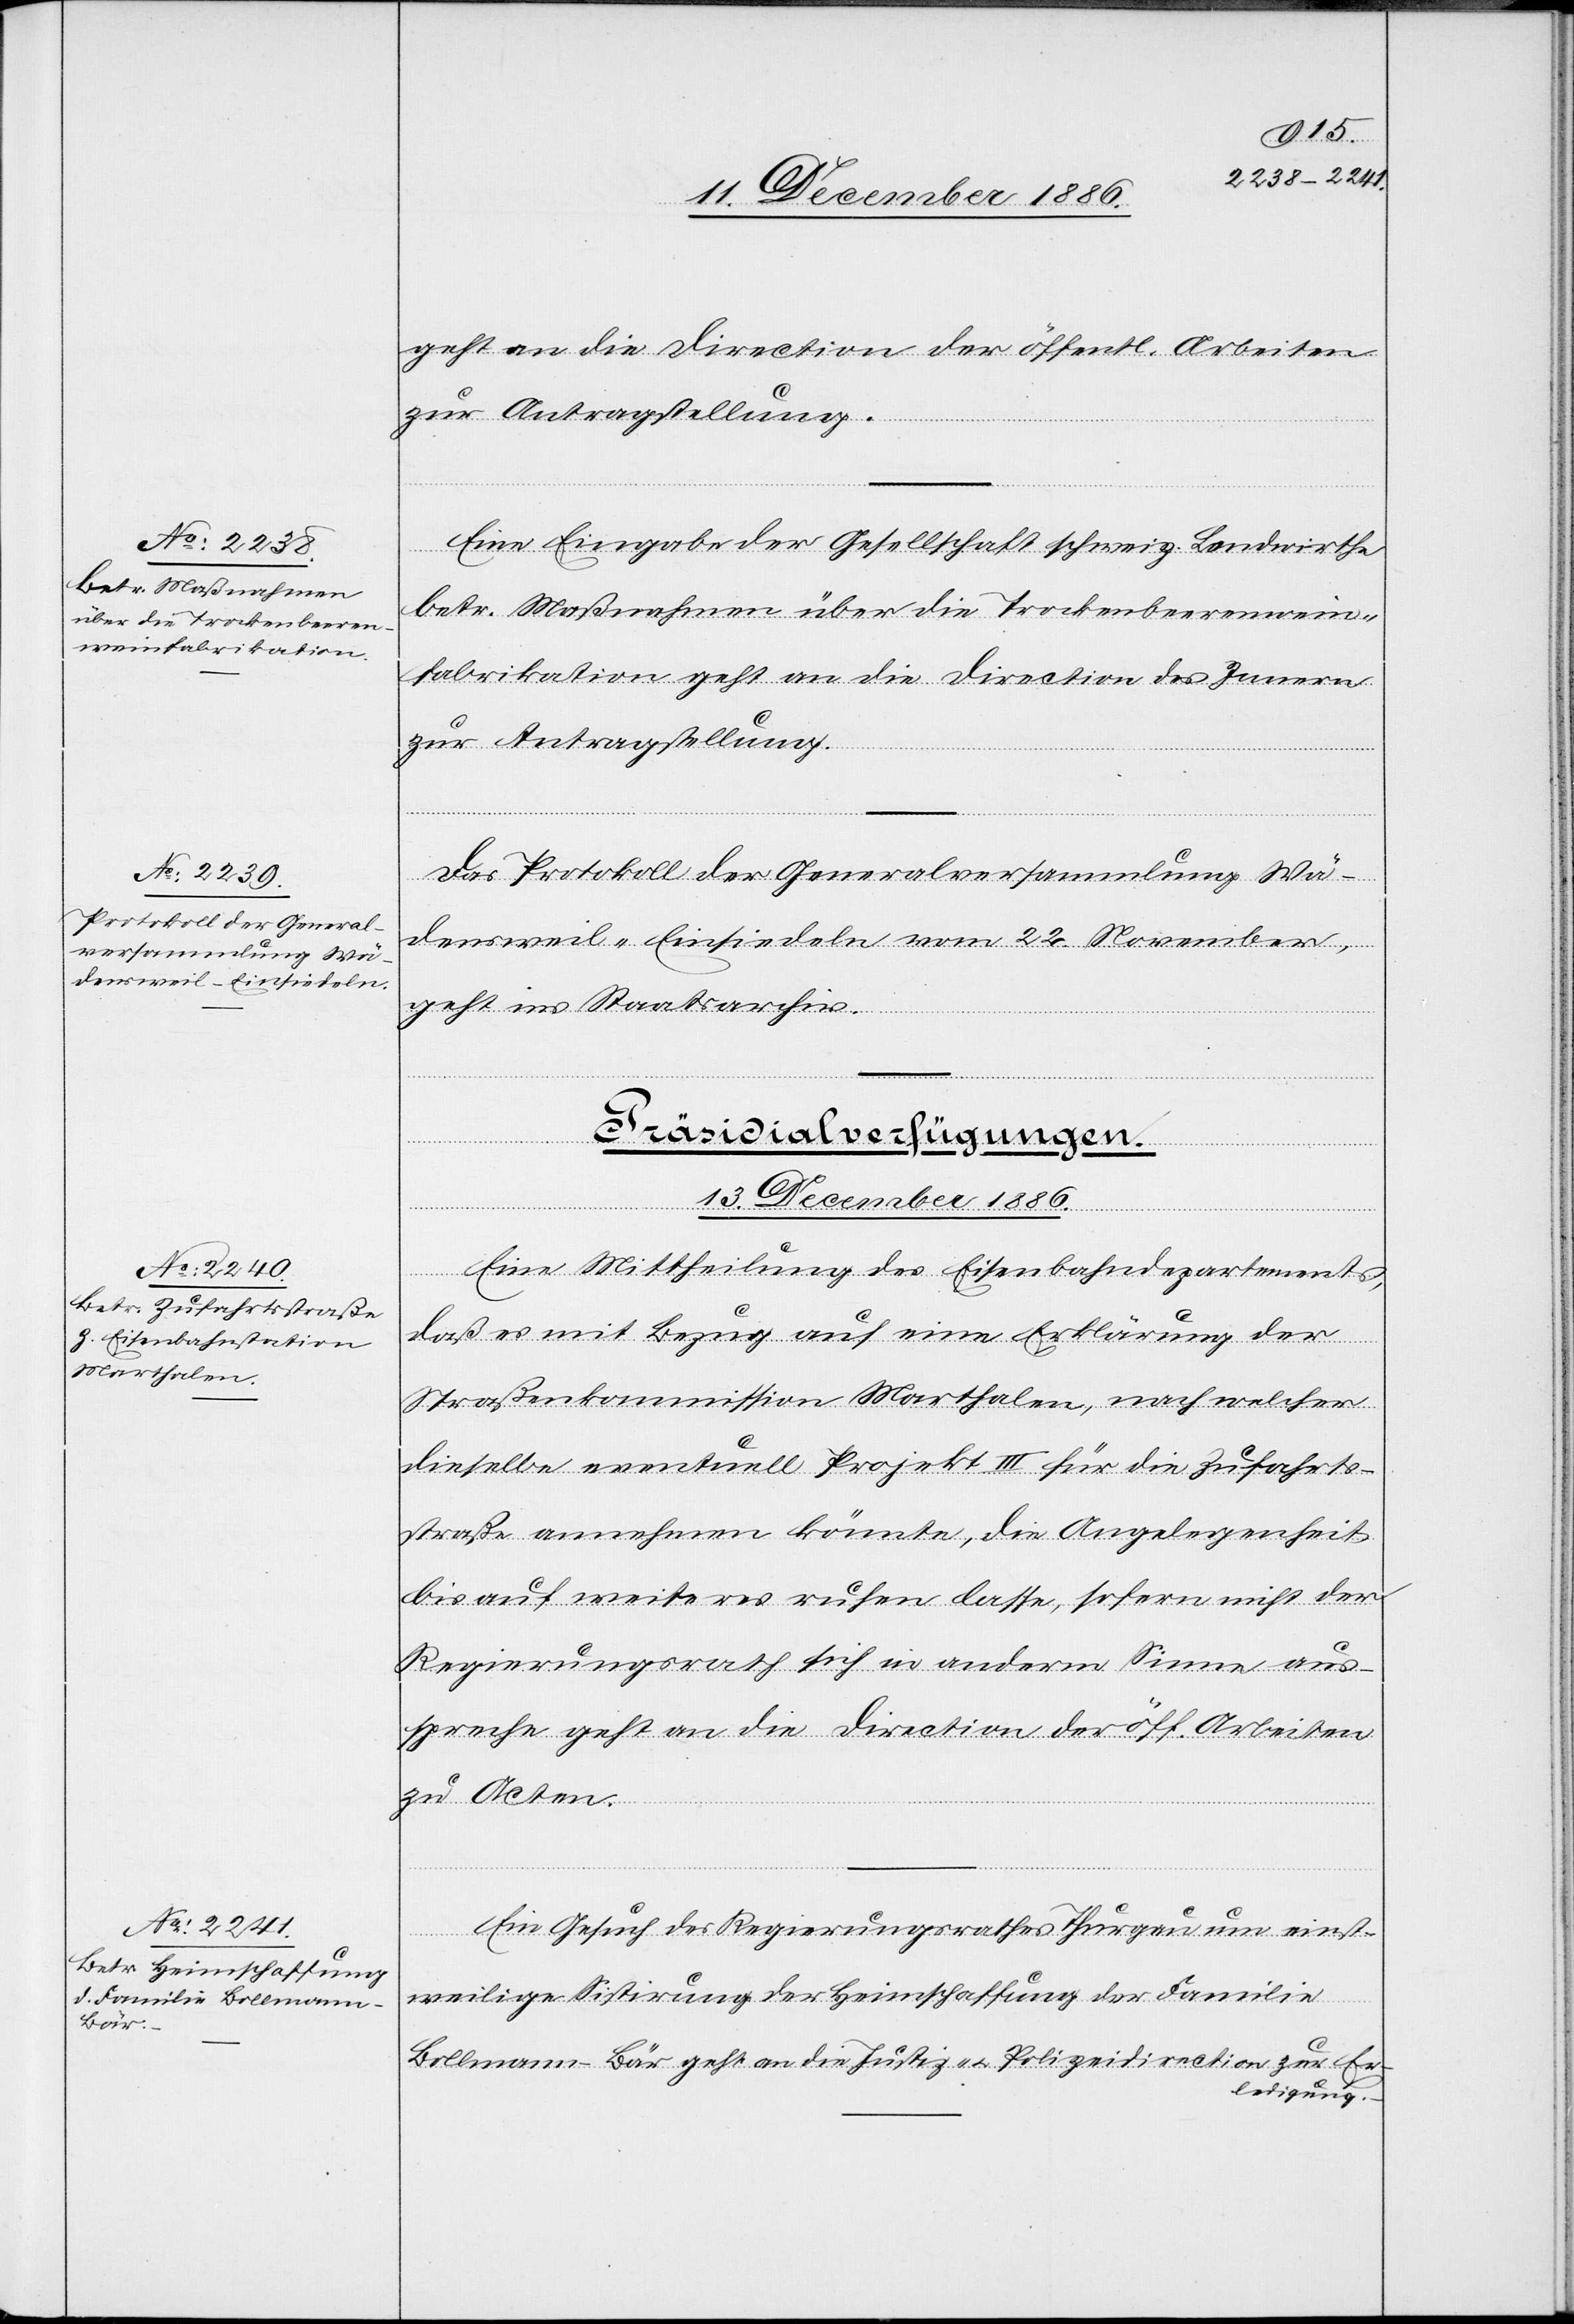
13. Dezember 1886.]
geht an die Direction der öffentl. Arbeiten
zur Antragstellung.
Eine Eingabe der Gesellschaft schweiz. Landwirthe
betr. Maßnahmen über die Trockenbeerenwein¬
fabrikation geht an die Direction des Innern
zur Antragstellung.
Das Protokoll der Generalversammlung Wä¬
densweil-Einsiedeln vom 22. November,
geht ins Staatsarchiv.
[Präsidialverfügungen.
Eine Mittheilung des Eisenbahndepartements,
daß es mit Bezug auf eine Erklärung der
Straßenkommission Marthalen, nach welcher
dieselbe eventuell Projekt III für die Zufahrts¬
straße annehmen könnte, die Angelegenheit
bis auf weiteres ruhen lasse, sofern nicht der
Regierungsrath sich in anderm Sinne aus¬
spreche geht an die Direction der öff. Arbeiten
zu Acten.
Ein Gesuch des Regierungsrathes Thurgau um einst¬
weilige Sistirung der Heimschaffung der Familie
Bollmann-Bär geht an die Justiz- & Polizeidirection zur Er¬
ledigung.